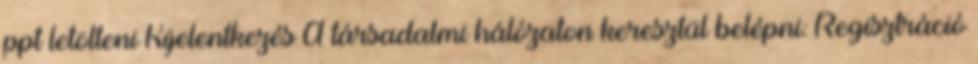
ppt letölteni Kijelentkezés A társadalmi hálózaton keresztül belépni: Regisztráció